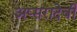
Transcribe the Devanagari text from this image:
अप्सरादेवी